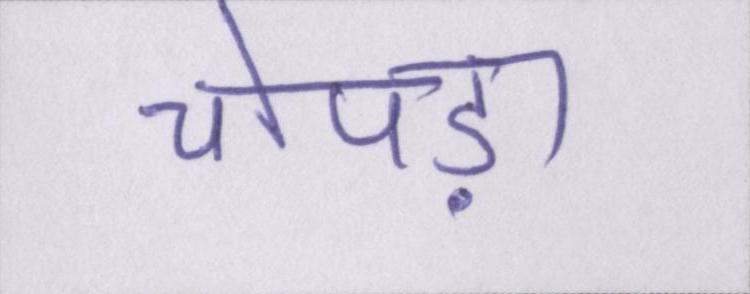
चोपड़ा